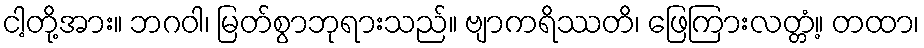
ငါ့တို့အား။ ဘဂဝါ၊ မြတ်စွာဘုရားသည်။ ဗျာကရိဿတိ၊ ဖြေကြားလတ္တံ့။ တထာ၊